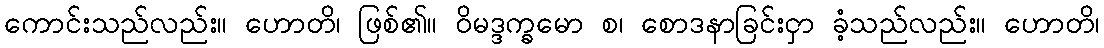
ကောင်းသည်လည်း။ ဟောတိ၊ ဖြစ်၏။ ဝိမဒ္ဒက္ခမော စ၊ စောဒနာခြင်းငှာ ခံ့သည်လည်း။ ဟောတိ၊